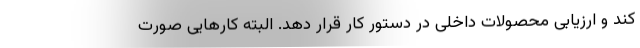
کند و ارزیابی محصولات داخلی در دستور کار قرار دهد. البته کارهایی صورت